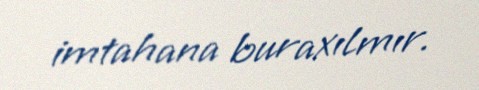
imtahana buraxılmır.